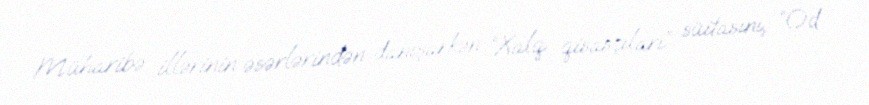
Müharibə illərinin əsərlərindən danışarkən “Xalq qisasçıları” süitasını, “Od